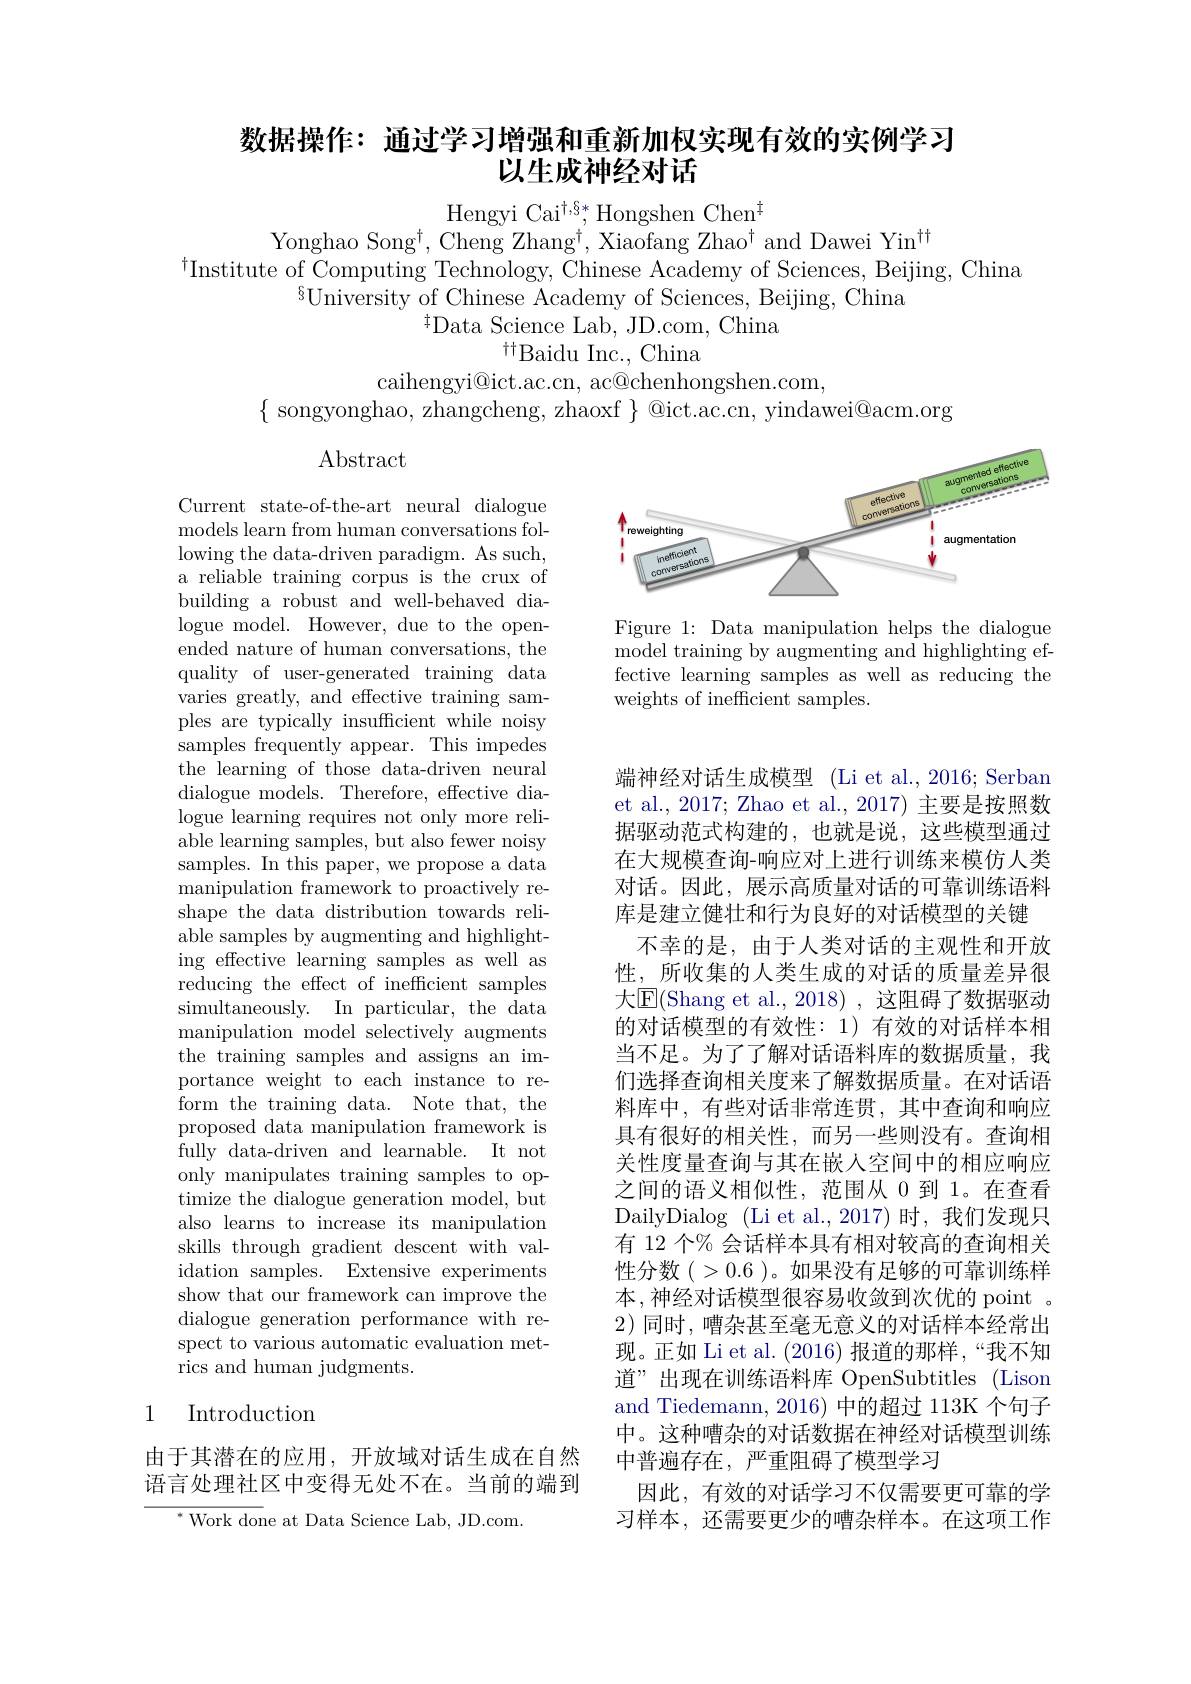
## 数据操作：通过学习增强和重新加权实现有效的实例学习以生成神经对话

Hengyi Cai$^{\dagger,\S*}$,Hongshen Chen$^{\ddagger}$
Yonghao Song$^\dagger$,Cheng Zhang$^\dagger$,Xiaofang Zhao$^\dagger$and Dawei Yin$^{\dagger\dagger}$
$^{\dagger}$Institute of Computing Technology, Chinese Academy of Sciences, Beijing, China
$\bar{\text{University of Chinese Academy of Sciences, Beijing, China}}$
$^{\dagger}$Data Science Lab, JD.com, China
$^{\dagger\dagger}$Baidu Inc., China
caihengyi@ict.ac.cn, ac@chenhongshen.com,

$\{$ songyonghao, zhangcheng, zhaoxf $\}$ @ict.ac.cn, yindawei@acm.org

$\operatorname{Abstract}$

<FigureHere>

Figure 1: Data manipulation helps the dialogue model training by augmenting and highlighting effective learning samples as well as reducing the weights of inefficient samples.

Current state-of-the-art neural dialogue models learn from human conversations following the data-driven paradigm. As such, a reliable training corpus is the crux of building a robust and well-behaved dialogue model. However, due to the openended nature of human conversations, the quality of user-generated training data varies greatly, and effective training samples are typically insufficient while noisy samples frequently appear. This impedes the learning of those data-driven neural dialogue models. Therefore, effective dialogue learning requires not only more reliable learning samples, but also fewer noisy samples. In this paper, we propose a data manipulation framework to proactively reshape the data distribution towards reliable samples by augmenting and highlighting effective learning samples as well as reducing the effect of inefficient samples simultaneously. In particular, the data manipulation model selectively augments the training samples and assigns an importance weight to each instance to reform the training data. Note that, the proposed data manipulation framework is fully data-driven and learnable. It not only manipulates training samples to optimize the dialogue generation model, but also learns to increase its manipulation skills through gradient descent with validation samples. Extensive experiments show that our framework can improve the dialogue generation performance with respect to various automatic evaluation metrics and human judgments.

端神经对话生成模型 (Li et al.,2016; Serban et al., 2017; Zhao et al., 2017) 主要是按照数据驱动范式构建的，也就是说，这些模型通过在大规模查询-响应对上进行训练来模仿人类对话。因此，展示高质量对话的可靠训练语料库是建立健壮和行为良好的对话模型的关键
不幸的是，由于人类对话的主观性和开放性，所收集的人类生成的对话的质量差异很大$\overline{\mathrm{E}}($Shang et al.,2018),这阻碍了数据驱动的对话模型的有效性：1) 有效的对话样本相当不足。为了了解对话语料库的数据质量，我们选择查询相关度来了解数据质量。在对话语料库中，有些对话非常连贯，其中查询和响应具有很好的相关性，而另一些则没有。查询相关性度量查询与其在嵌人空间中的相应响应之间的语义相似性，范围从 0 到 1。在查看DailyDialog (Li et al.,2017)时，我们发现只有 12 个% 会话样本具有相对较高的查询相关性分数(>0.6)。如果没有足够的可靠训练样本，神经对话模型很容易收敛到次优的 point 。2)同时，嘈杂甚至毫无意义的对话样本经常出现。正如 Li et al. (2016)报道的那样，“我不知道”出现在训练语料库 OpenSubtitles (Lison and Tiedemann, 2016) 中的超过 113K 个句子中。这种嘈杂的对话数据在神经对话模型训练中普遍存在，严重阻碍了模型学习
因此，有效的对话学习不仅需要更可靠的学习样本，还需要更少的嘈杂样本。在这项工作

# 1 Introduction

由于其潜在的应用，开放域对话生成在自然语言处理社区中变得无处不在。当前的端到

${^{*}\mathrm{~Work~don}}$e at Data Science Lab, JD.com.